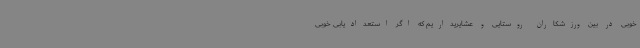
خوبی در بین ورزشکاران روستایی و عشایریداریم که اگر استعدادیابی خوبی